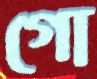
গো